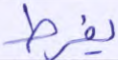
يفرط